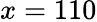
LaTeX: x=110